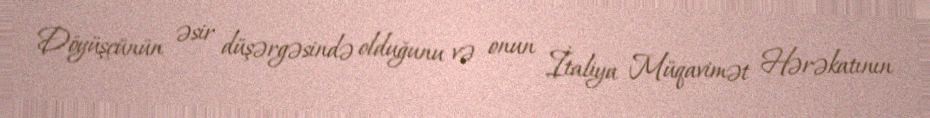
Döyüşçünün əsir düşərgəsində olduğunu və onun İtaliya Müqavimət Hərəkatının